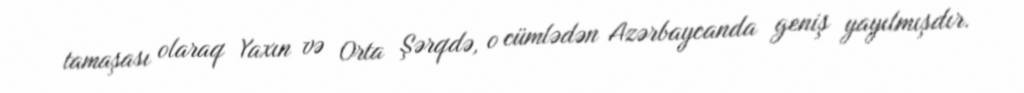
tamaşası olaraq Yaxın və Orta Şərqdə, o cümlədən Azərbaycanda geniş yayılmışdır.